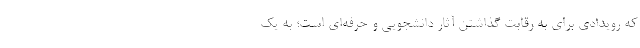
که رویدادی برای به رقابت گذاشتن آثار دانشجویی و حرفه‌ای است؛ به یک